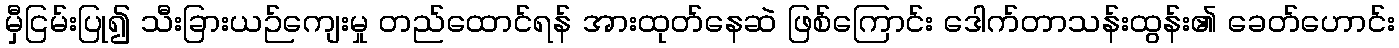
မှီငြမ်းပြု၍ သီးခြားယဉ်ကျေးမှု တည်ထောင်ရန် အားထုတ်နေဆဲ ဖြစ်ကြောင်း ဒေါက်တာသန်းထွန်း၏ ခေတ်ဟောင်း